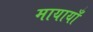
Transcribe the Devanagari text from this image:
मायायाँ